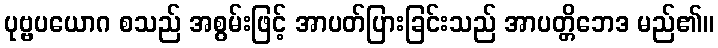
ပုဗ္ဗပယောဂ စသည် အစွမ်းဖြင့် အာပတ်ပြားခြင်းသည် အာပတ္တိဘေဒ မည်၏။